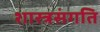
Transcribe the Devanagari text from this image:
शास्त्रसंगति